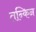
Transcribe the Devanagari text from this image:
तन्किन